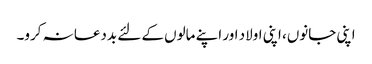
اپنی جانوں، اپنی اولاد اور اپنے مالوں کے لئے بددعا نہ کرو۔